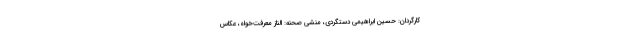
کارگردان: حسین ابراهیمی دستگردی، منشی صحنه: الناز معرفت‌خواه، عکاس